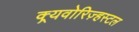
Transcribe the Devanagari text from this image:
क्र्यवोरिज़्हस्टल